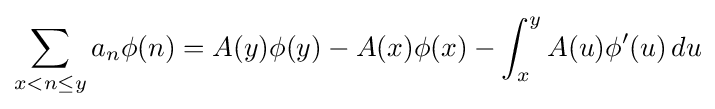
\sum _{x<n\leq y}a_{n}\phi (n)=A(y)\phi (y)-A(x)\phi (x)-\int _{x}^{y}A(u)\phi '(u)\,du